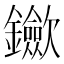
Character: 𨰇